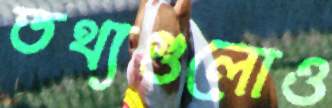
তথ্যগুলোও